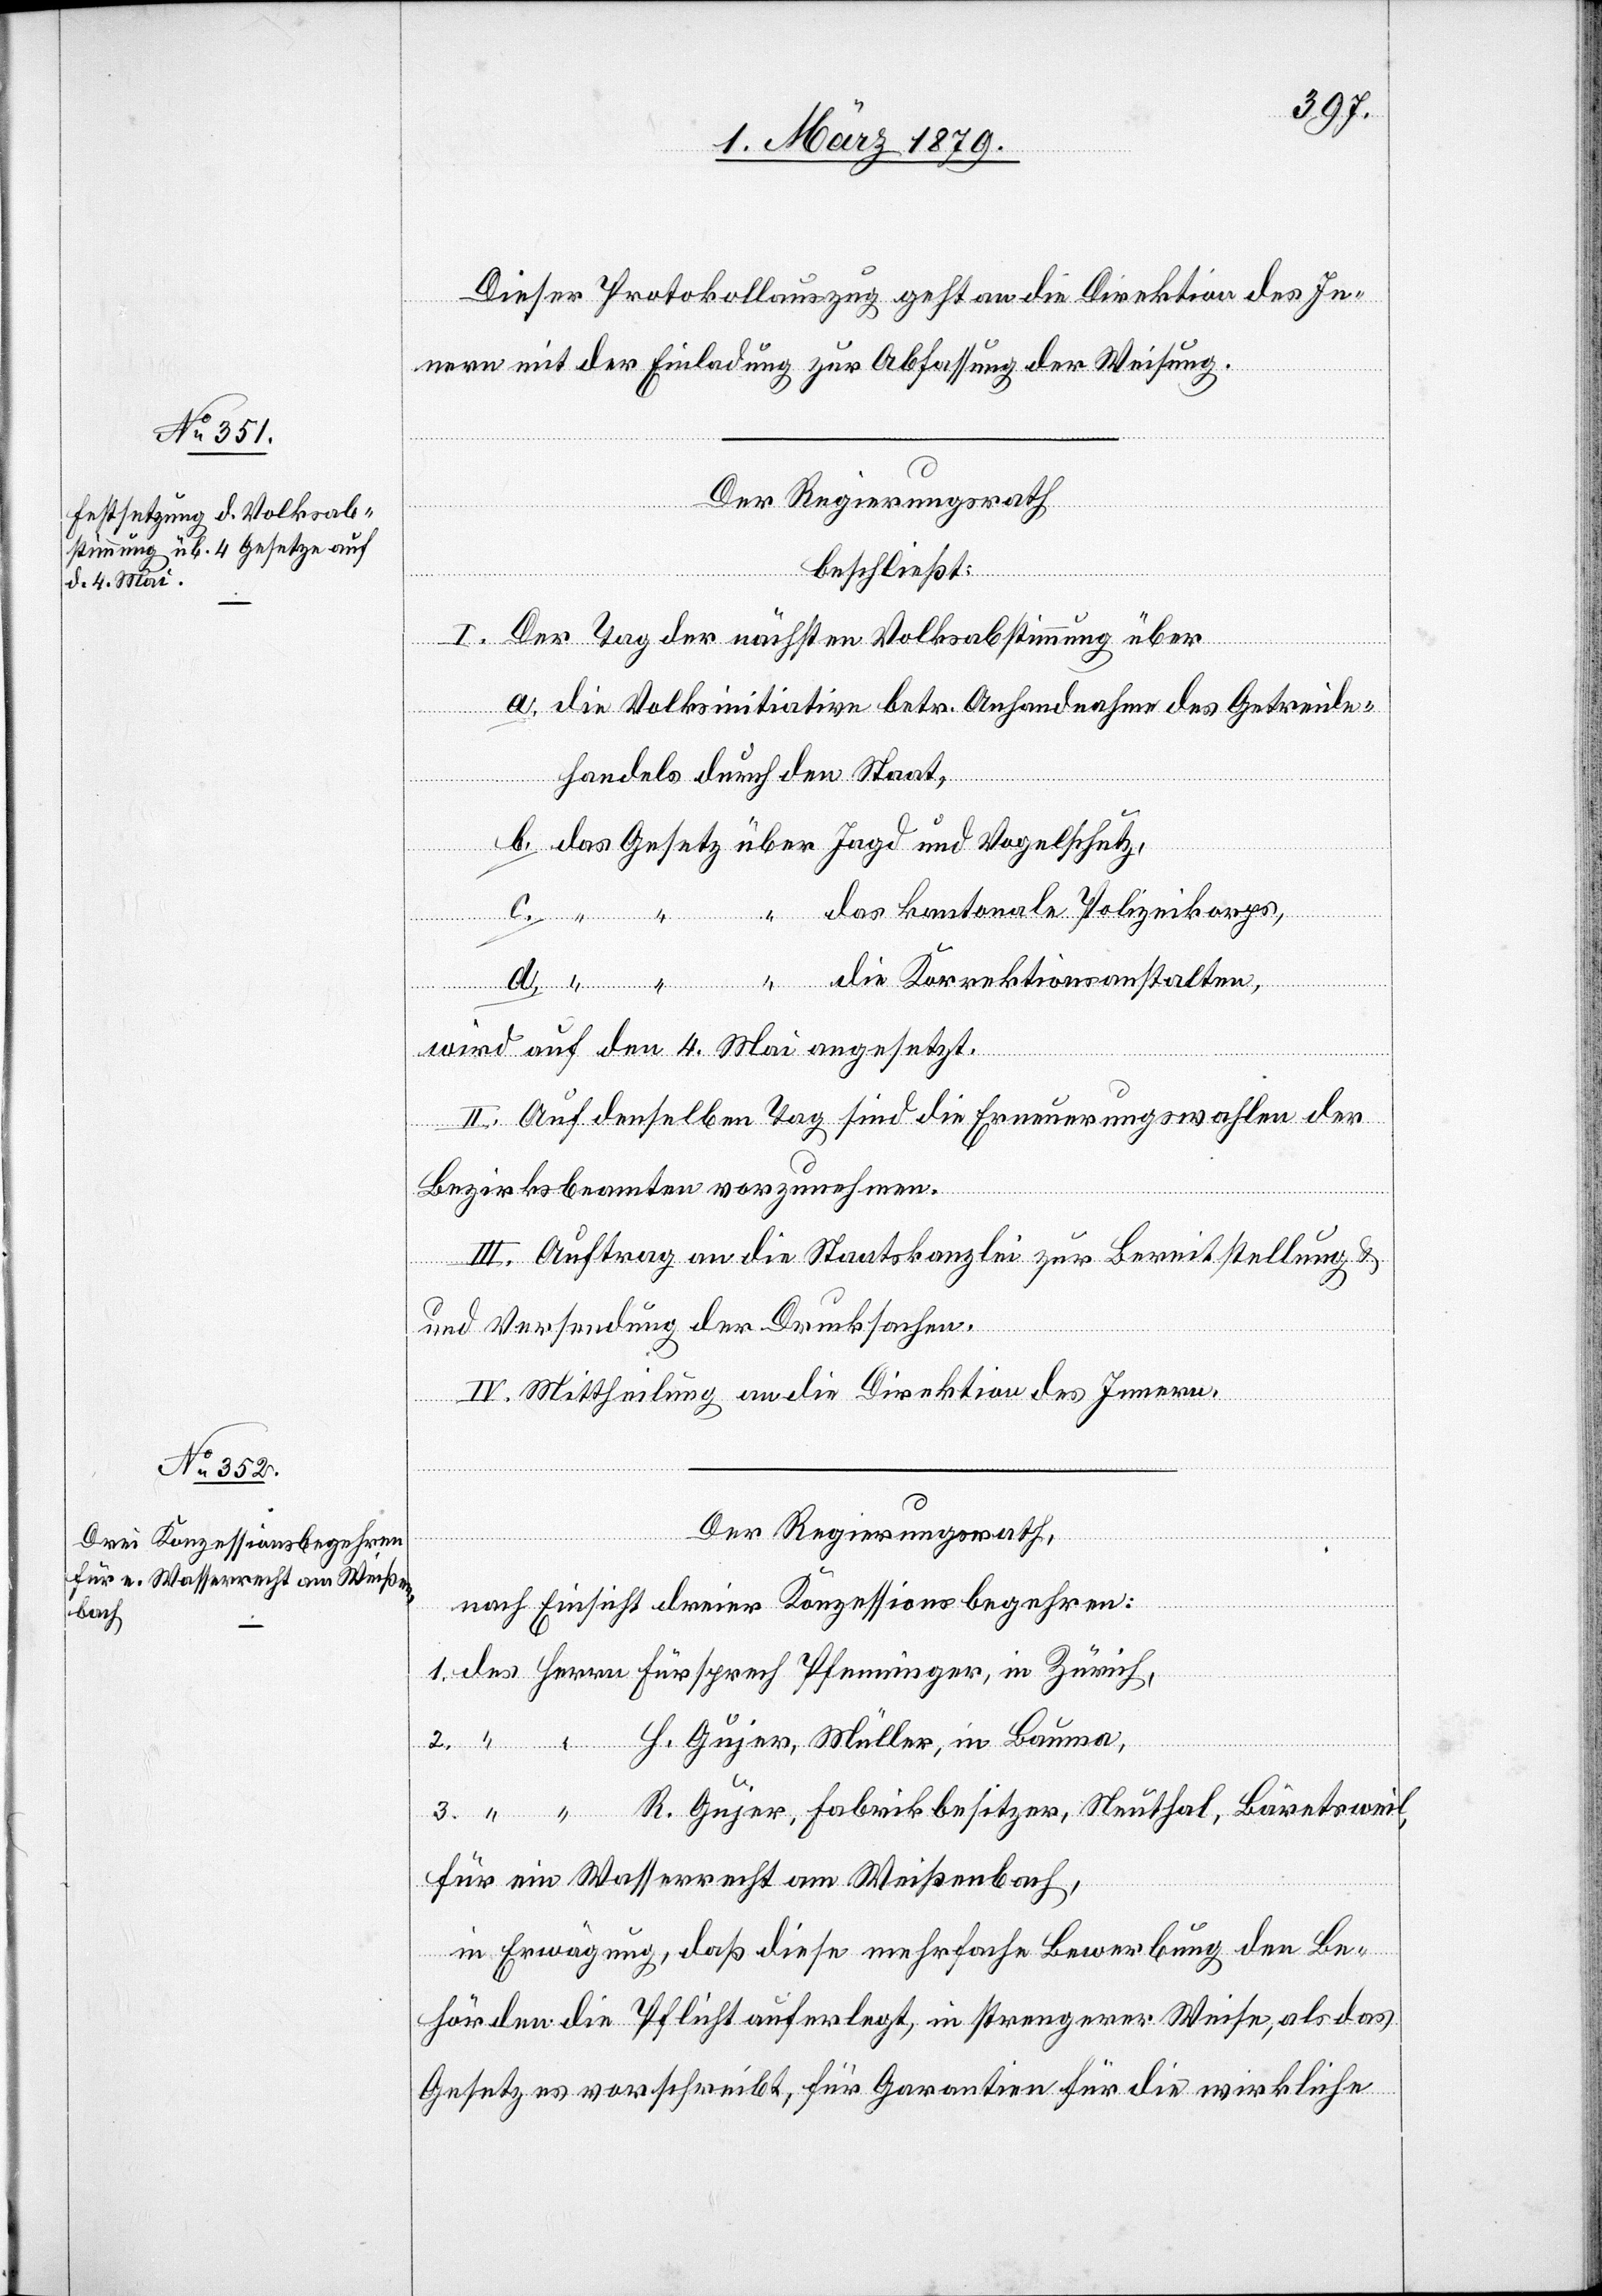
Dieser Protokollauszug geht an die Direktion des In¬
nern mit der Einladung zur Abfassung der Weisung.
Der Regierungsrath
beschließt:
I. Der Tag der nächsten Volksabstimmung über
a. die Volksinitiative betr. Anhandnahme des Getreide¬
handels durch den Staat,
b. das Gesetz über Jagd und Vogelschutz,
“
c. “ “ “ das kantonale Polizeikorps,
d. “ “ “ die Korrektionsanstalten,
wird auf den 4. Mai angesetzt.
II. Auf denselben Tag sind die Erneuerungswahlen der
Bezirksbeamten vorzunehmen.
III. Auftrag an die Staatskanzlei zur Bereitstellung &
und Versendung der Drucksachen.
IV. Mittheilung an die Direktion des Innern.
2.
Der Regierungsrath,
nach Einsicht dreier Konzessionsbegehren:
1. des Herrn Fürsprech Pfenninger, in Zürich,
H. Gujer, Müller, in Bauma,
3. “ “ R. Gujer, Fabrikbesitzer, Neuthal, Bäretsweil,
für ein Wasserrecht am Weißenbach,
in Erwägung, daß diese mehrfache Bewerbung den Be¬
hörden die Pflicht auferlegt, in strengerer Weise, als das
Gesetz es vorschreibt, für Garantien für die wirkliche